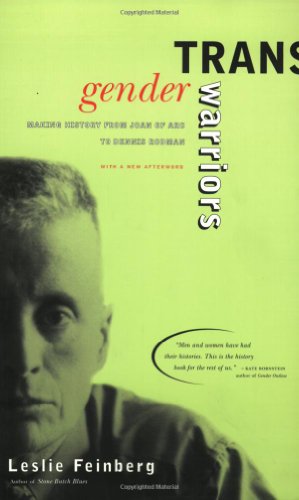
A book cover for Transgender Warriors : Making History from Joan of Arc to Dennis Rodman; Leslie Feinberg; Gay & Lesbian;